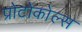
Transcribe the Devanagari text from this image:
प्रोटोकोल्स